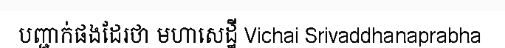
បញ្ជាក់ផងដែរថា មហាសេដ្ឋី Vichai Srivaddhanaprabha